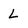
Character: L